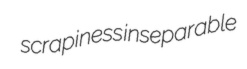
scrapiness inseparable